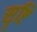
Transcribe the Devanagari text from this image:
सॄष्टि